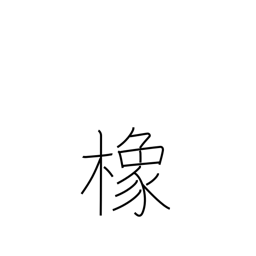
Meaning: horse chestnut